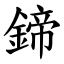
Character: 鍗